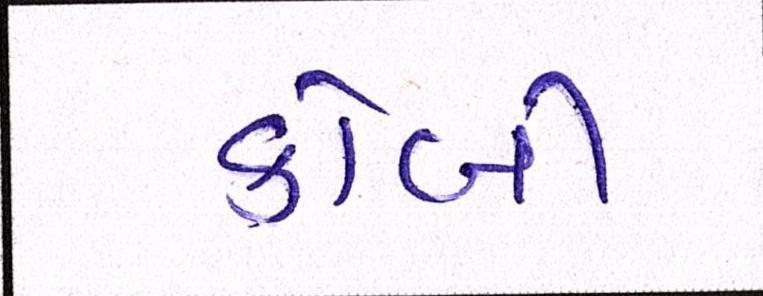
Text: કોબી